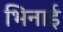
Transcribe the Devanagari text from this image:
भिनाई